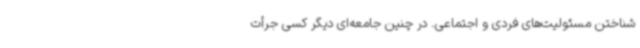
شناختن مسئولیت‌های فردی و اجتماعی. در چنین جامعه‌ای دیگر کسی جرأت